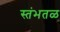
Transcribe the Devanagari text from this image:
स्तंभतळ